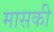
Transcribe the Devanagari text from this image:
मासकी